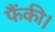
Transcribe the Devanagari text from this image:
फैंकी।